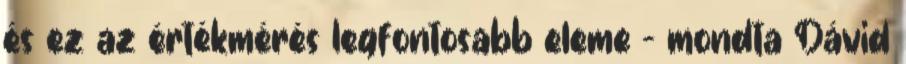
és ez az értékmérés legfontosabb eleme - mondta Dávid